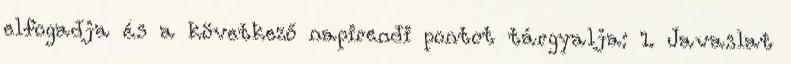
elfogadja és a következő napirendi pontot tárgyalja: 1. Javaslat